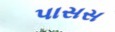
પાસસ